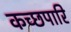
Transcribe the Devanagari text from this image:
कच्छपारि